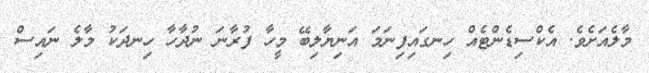
މާލެއަށެވެ. އެކްސިޑެންޓެއް ހިނގައިފިނަމަ އަނިޔާލިބޭ މީހާ ފުރާނަ ނުދާހާ ހިނދަކު މާލެ ނައިސް